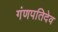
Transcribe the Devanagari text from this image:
गंणपतिदेव